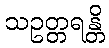
သဥတ္တရန္တိ